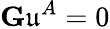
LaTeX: \mathbf{G}\mathfrak{u}^{A}=0